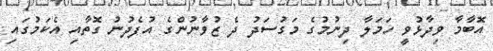
އޮބާމާ ވިދާޅުވީ ހަމަލާ ދިނުމުގެ މަގުސަދު ދެ ޒުވާނުންގެ އުފެދުނު ގޮތާއި އެކަމުގައި